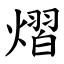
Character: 熠